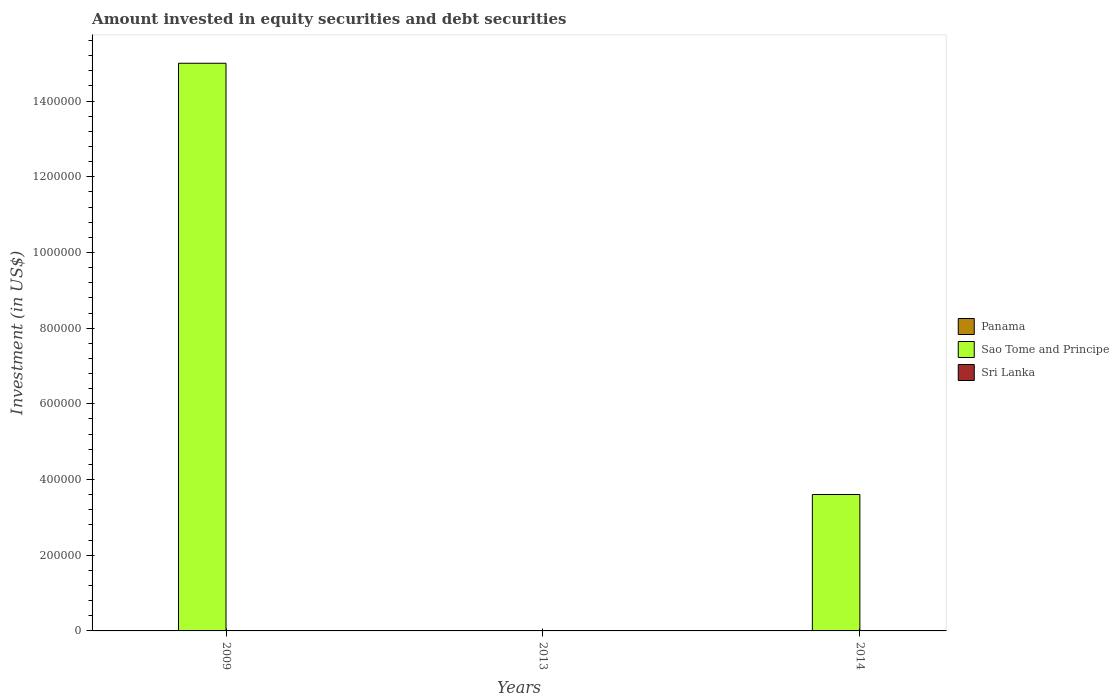
| Years | Panama | Sao Tome and Principe | Sri Lanka |
 | --- | --- | --- | --- |
 | 2009 | -4.08e+08 | 1.5e+06 | -1.86e+09 |
 | 2013 | -3.77e+08 | -4.7e+05 | -2.07e+09 |
 | 2014 | -6.91e+08 | 3.6e+05 | -2e+09 |